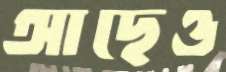
আছেও